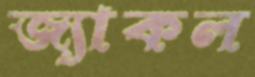
জ্যাকল